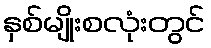
နှစ်မျိုးစလုံးတွင်